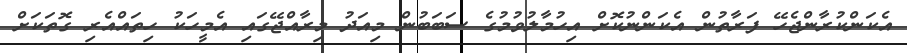
އެކަންކުރާންޖެހޭ ފަރާތުން އެކަންނުކޮށް އިހުމާލުވުމުގެ ސަބަބުން މިއަދު މިރާއްޖޭގައި އެމީހަކު ހިތައްއެރި ގޮތަކަށް